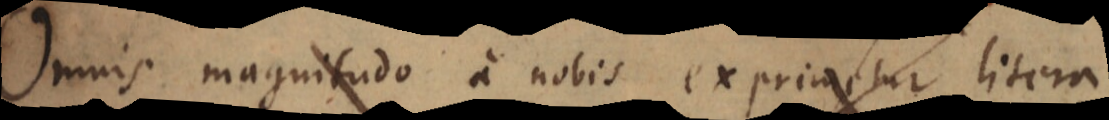
Omnis magnitudo a nobis exprimetur litera